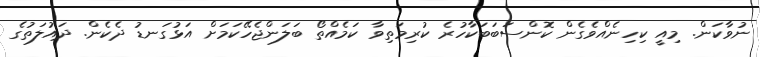
ނުވާކަން. މިއީ ކިހިނެއްވެގެން ކޮންސަބަބަކާހުރެ ކުރިމަތިވާ ކަމެއްތޯ ބަލަންޖެހޭކަމަށް އަޅުގަނޑު ދެކެން. ދައުލަތުގެ